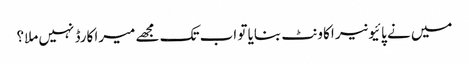
میں نے پائیونیر اکاونٹ بنایا تو اب تک مجھے میرا کارڈ نہیں ملا؟